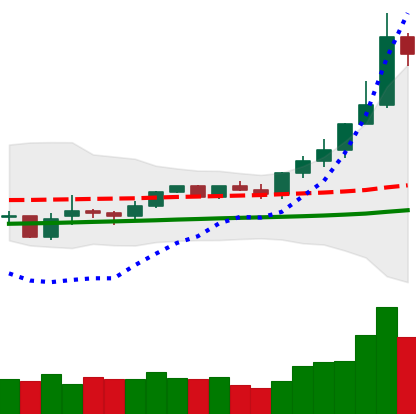
Ticker: XMR-USD
Chart end date: 2021-02-14
Forward return: 22.879%
Label: up_7plus